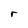
Character: r